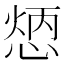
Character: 𢝦